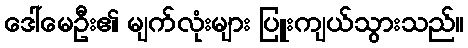
ဒေါ်မေဦး၏ မျက်လုံးများ ပြူးကျယ်သွားသည်။